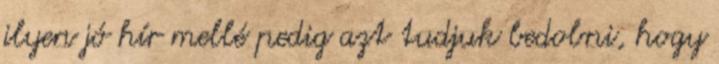
ilyen jó hír mellé pedig azt tudjuk bedobni, hogy